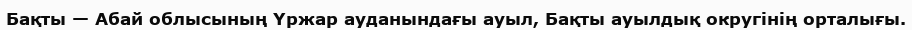
Бақты — Абай облысының Үржар ауданындағы ауыл, Бақты ауылдық округінің орталығы.